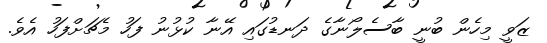
ޒަވީ މިހެން ބުނީ ބާސެލޯނާގެ ދަނޑުގައި އޭނާ ކުޅުނު ފަހު މެޗަށްފަހު އެވެ.